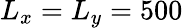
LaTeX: L_{x}=L_{y}=500